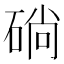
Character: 𥓡